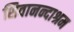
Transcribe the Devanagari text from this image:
शिवानन्दाश्रम